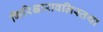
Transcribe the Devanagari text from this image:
गिरिश्चारावलिस्तथा